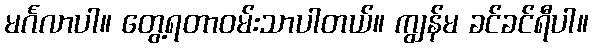
မင်္ဂလာပါ။ တွေ့ရတာဝမ်းသာပါတယ်။ ကျွန်မ ခင်ခင်ရီပါ။